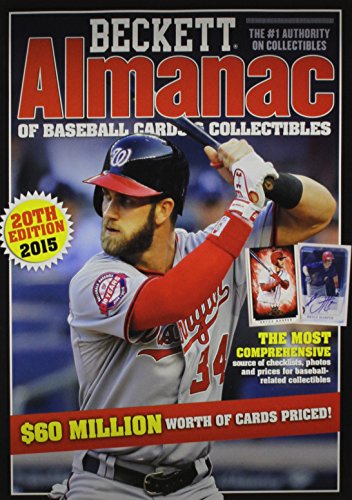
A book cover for Beckett Almanac of Baseball Cards and Collectibles No. 20; Crafts, Hobbies & Home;